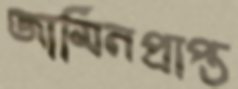
জামিনপ্রাপ্ত